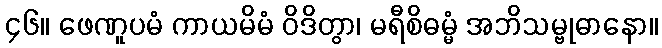
၄၆။ ဖေဏူပမံ ကာယမိမံ ဝိဒိတွာ၊ မရီစိဓမ္မံ အဘိသမ္ဗုဓာနော။